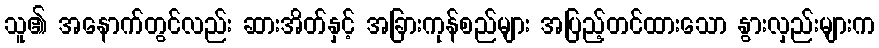
သူ၏ အနောက်တွင်လည်း ဆားအိတ်နှင့် အခြားကုန်စည်များ အပြည့်တင်ထားသော နွားလှည်းများက